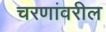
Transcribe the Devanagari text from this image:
चरणांवरील